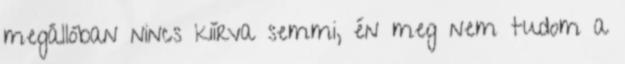
megállóban nincs kiírva semmi, én meg nem tudom a